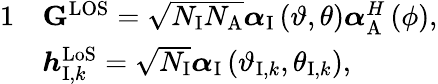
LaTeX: \begin{array}{rl}{{1}}&{{\mathbf{G}}^{\mathrm{{LOS}}}=\sqrt{{N_{\mathrm{I}}}{N_{\mathrm{A}}}}{\boldsymbol{\alpha}_{\mathrm{I}}}\left({{\vartheta},{\theta}}\right)\boldsymbol{\alpha}_{\mathrm{{A}}}^{H}\left({{\phi}}\right),}\\ &{\boldsymbol{h}_{{\mathrm{I}},k}^{\mathrm{{LoS}}}=\sqrt{{N_{\mathrm{I}}}}{\boldsymbol{\alpha}_{\mathrm{{I}}}}\left({{\vartheta_{{\mathrm{I}},k}},{\theta_{\mathrm{{I}},k}}}\right),}\end{array}